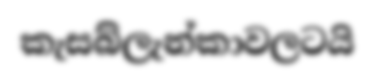
කැසබ්ලැන්කාවලටයි